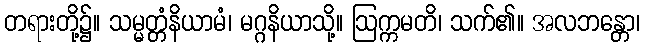
တရားတို့၌။ သမ္မတ္တံနိယာမံ၊ မဂ္ဂနိယာသို့။ ဩက္ကမတိ၊ သက်၏။ အလဘန္တော၊